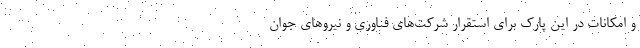
و امکانات در این پارک برای استقرار شرکت‌های فناوری و نیروهای جوان